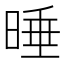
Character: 𣇦